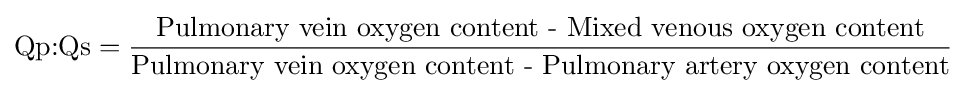
{\text{Qp:Qs}}={\frac {\text{Pulmonary vein oxygen content - Mixed venous oxygen content}}{\text{Pulmonary vein oxygen content - Pulmonary artery oxygen content}}}